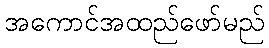
အကောင်အထည်ဖော်မည်